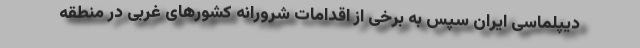
دیپلماسی ایران سپس به برخی از اقدامات شرورانه کشورهای غربی در منطقه